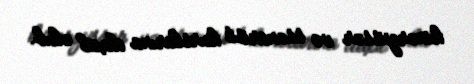
kinorejissor və ssenarist kurslarına daxil olub.